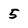
Character: 5